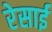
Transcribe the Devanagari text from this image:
रेसाई